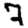
Digit: 7